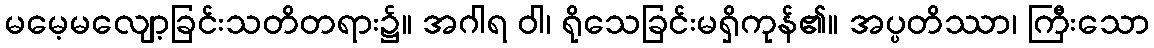
မမေ့မလျော့ခြင်းသတိတရား၌။ အဂါရ ဝါ၊ ရိုသေခြင်းမရှိကုန်၏။ အပ္ပတိဿာ၊ ကြီးသော